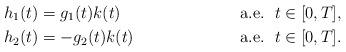
LaTeX: \begin{align*}h_1(t)&=g_1(t)k(t) & \mbox{ a.e. }\,t\in[0,T],\\h_2(t)&=-g_2(t)k(t) & \mbox{ a.e. }\,t\in[0,T].\end{align*}